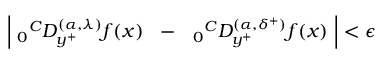
\left| ~ _ { 0 } { } ^ { C } D _ { y ^ { + } } ^ { ( \alpha , { \lambda } ) } f ( x ) ~ ~ - ~ ~ { } _ { 0 } { } ^ { C } D _ { y ^ { + } } ^ { ( \alpha , { \delta ^ { + } } ) } f ( x ) ~ \right| < \epsilon